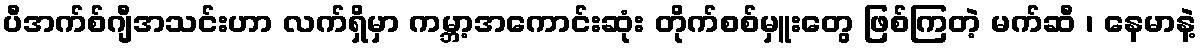
ပီအက်စ်ဂျီအသင်းဟာ လက်ရှိမှာ ကမ္ဘာ့အကောင်းဆုံး တိုက်စစ်မှူးတွေ ဖြစ်ကြတဲ့ မက်ဆီ ၊ နေမာနဲ့